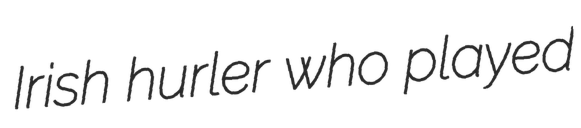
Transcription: Irish hurler who played